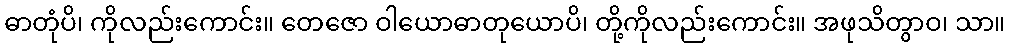
ဓာတုံပိ၊ ကိုလည်းကောင်း။ တေဇော ဝါယောဓာတုယောပိ၊ တို့ကိုလည်းကောင်း။ အဖုသိတွာဝ၊ သာ။